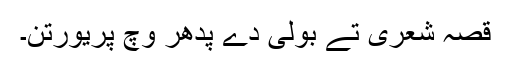
قصہ شعری تے بولی دے پدھر وچ پریورتن۔